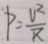
P = \frac { U ^ { 2 } } { R }